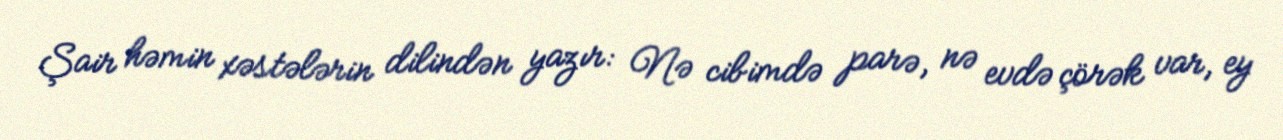
Şair həmin xəstələrin dilindən yazır: Nə cibimdə parə, nə evdə çörək var, ey